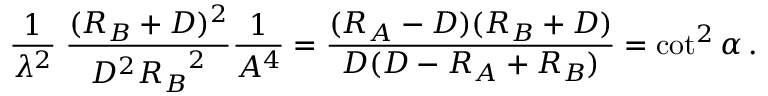
{ \frac { 1 } { \lambda ^ { 2 } } } \; { \frac { ( R _ { B } + D ) ^ { 2 } } { D ^ { 2 } { R _ { B } } ^ { 2 } } } { \frac { 1 } { A ^ { 4 } } } = { \frac { ( R _ { A } - D ) ( R _ { B } + D ) } { D ( D - R _ { A } + R _ { B } ) } } = \cot ^ { 2 } \alpha \, .